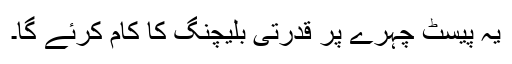
یہ پیسٹ چہرے پر قدرتی بلیچنگ کا کام کرئے گا۔